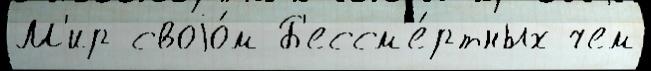
М'ир своjо́м Б'ессм'е́ртных чем